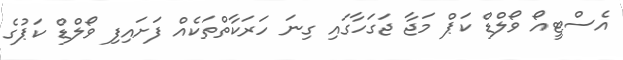
އެސްޓީއޯ ވޯލްޑް ކަޕް މަޖާ ޖަގަހާގައި ގިނަ ހަރަކާތްތަކެއް ފަށައިފި ވޯލްޑް ކަޕުގެ